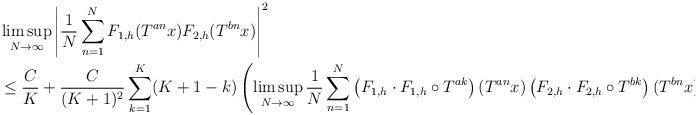
LaTeX: \begin{align*}& \limsup_{N \to \infty} \left| \frac{1}{N} \sum_{n=1}^{N} F_{1, h}(T^{an}x) F_{2, h} (T^{bn}x) \right|^2 \\&\leq \frac{C}{K} + \frac{C}{(K+1)^2} \sum_{k=1}^K (K + 1 - k) \left( \limsup_{N \to \infty} \frac{1}{N} \sum_{n=1}^{N}\left( F_{1, h}\cdot F_{1, h} \circ T^{ak} \right)(T^{an}x) \left( F_{2, h} \cdot F_{2, h} \circ T^{bk} \right) (T^{bn}x) \right).\end{align*}